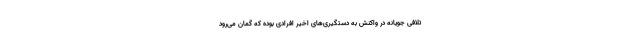
تلافی جویانه در واکنش به دستگیری‌های اخیر افرادی بوده که گمان می‌رود